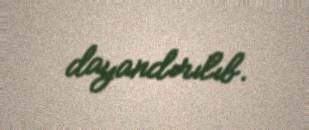
dayandırılıb.